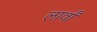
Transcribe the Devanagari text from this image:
लार्वां